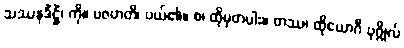
သဿနဒိံဋ္ဌိံ၊ ကို။ ပဇဟတိ၊ ပယ်၏။ စ၊ ထိုမှတပါး။ တဿ၊ ထိုယောဂီ ပုဂ္ဂိုလ်